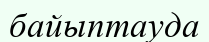
байыптауда